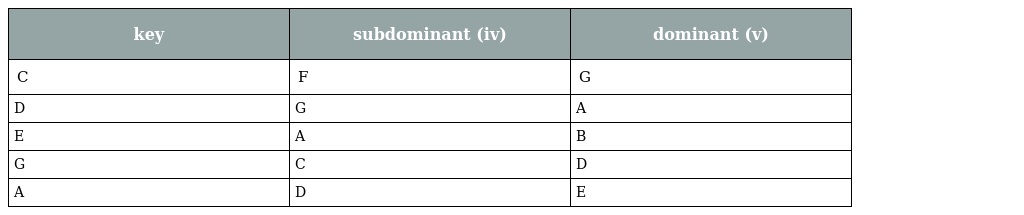
| key | subdominant (iv) | dominant (v) |
 | --- | --- | --- |
 | C | F | G |
 | D | G | A |
 | E | A | B |
 | G | C | D |
 | A | D | E |